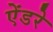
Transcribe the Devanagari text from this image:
ऐंडरे